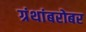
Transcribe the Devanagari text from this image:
ग्रंथांबरोबर